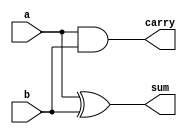
// Half Adder
module Half_Adder (a,b,sum,carry);
    input a,b;
    output sum,carry;
    assign sum = a^b;
    assign carry = a&b;
endmodule